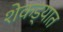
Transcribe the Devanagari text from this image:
शेकड्यात